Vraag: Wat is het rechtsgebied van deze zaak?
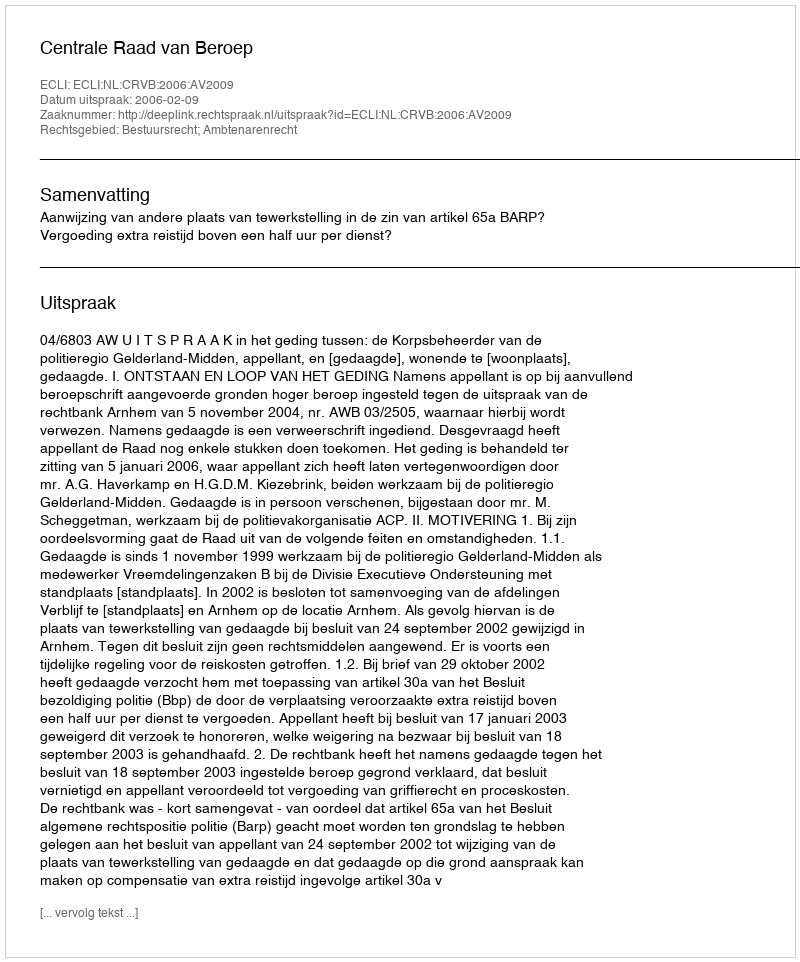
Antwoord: Bestuursrecht; Ambtenarenrecht